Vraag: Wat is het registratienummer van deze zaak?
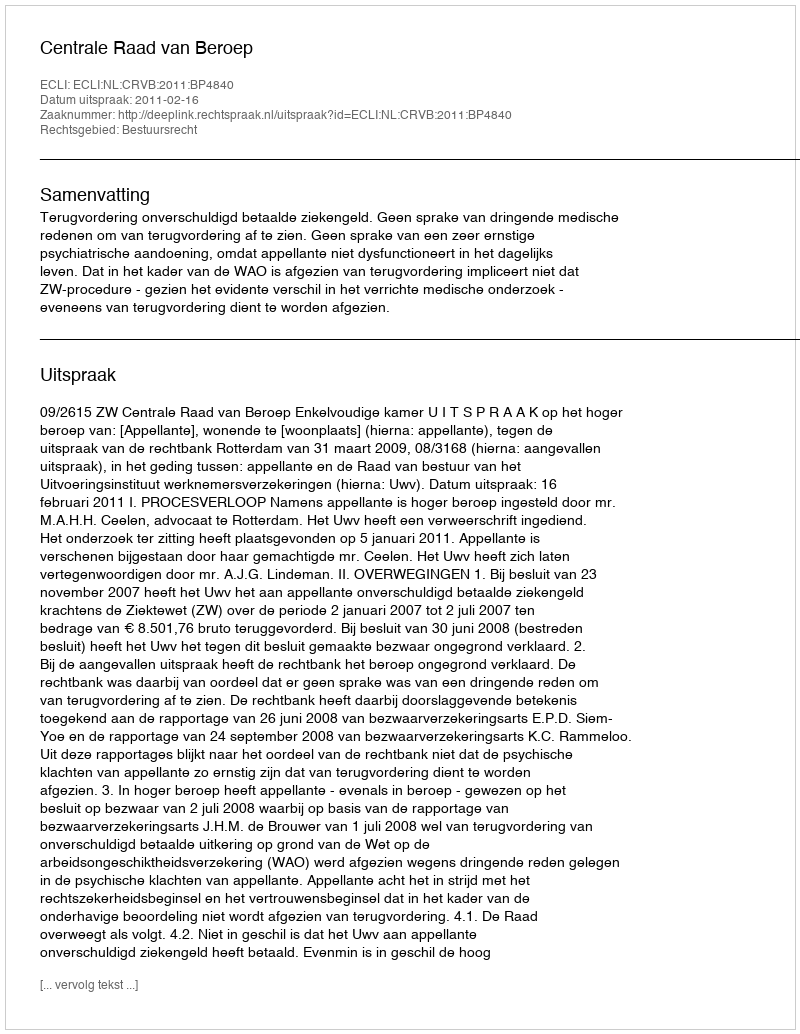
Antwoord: http://deeplink.rechtspraak.nl/uitspraak?id=ECLI:NL:CRVB:2011:BP4840